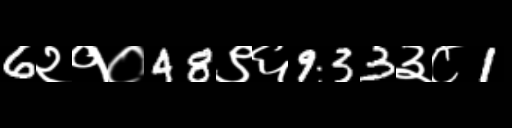
Text: 6२१०48९६933३८1